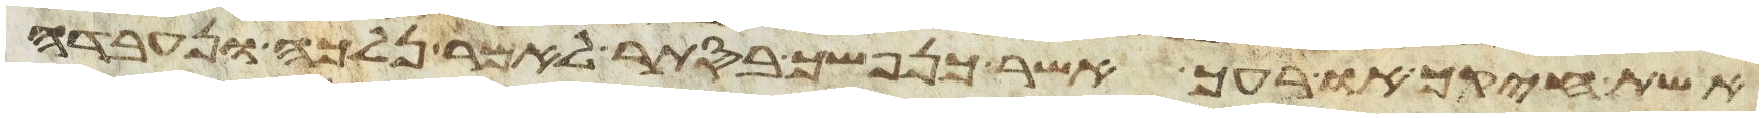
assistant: אשת חיקך או רעך אשר כנפשך בסתר לאמר נלכה ונעבדה